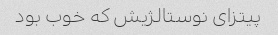
پیتزای نوستالژیش که خوب بود